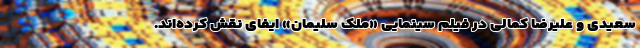
سعیدی و علیرضا کمالی در فیلم سینمایی «ملک سلیمان» ایفای نقش کرده‌اند.